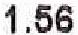
1.56